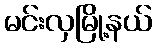
မင်းလှမြို့နယ်